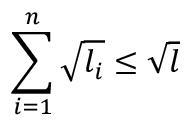
\sum _ { i = 1 } ^ { n } \sqrt { l _ { i } } \leq \sqrt { l }